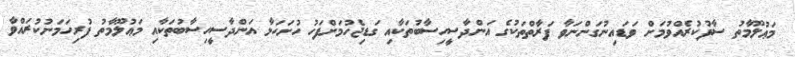
މަޢުލޫމާތު ސާފުކުރެއްވުމަށް ވަޑައިނުގަންނަވާ ފަރާތްތަކުގެ އަންދާސީހިސާބުތަކާއި ގަޑިޖެހުމަށްފަހު ހުށަހަޅާ އަންދާސީހިސާބުތަކާއި މަޢުލޫމާތު ފުރިހަމަނުކުރައްވާ